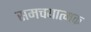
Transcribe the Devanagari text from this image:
समचयात्मक